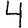
Digit: 4